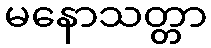
မနောသတ္တာ